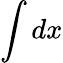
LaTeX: \int dx